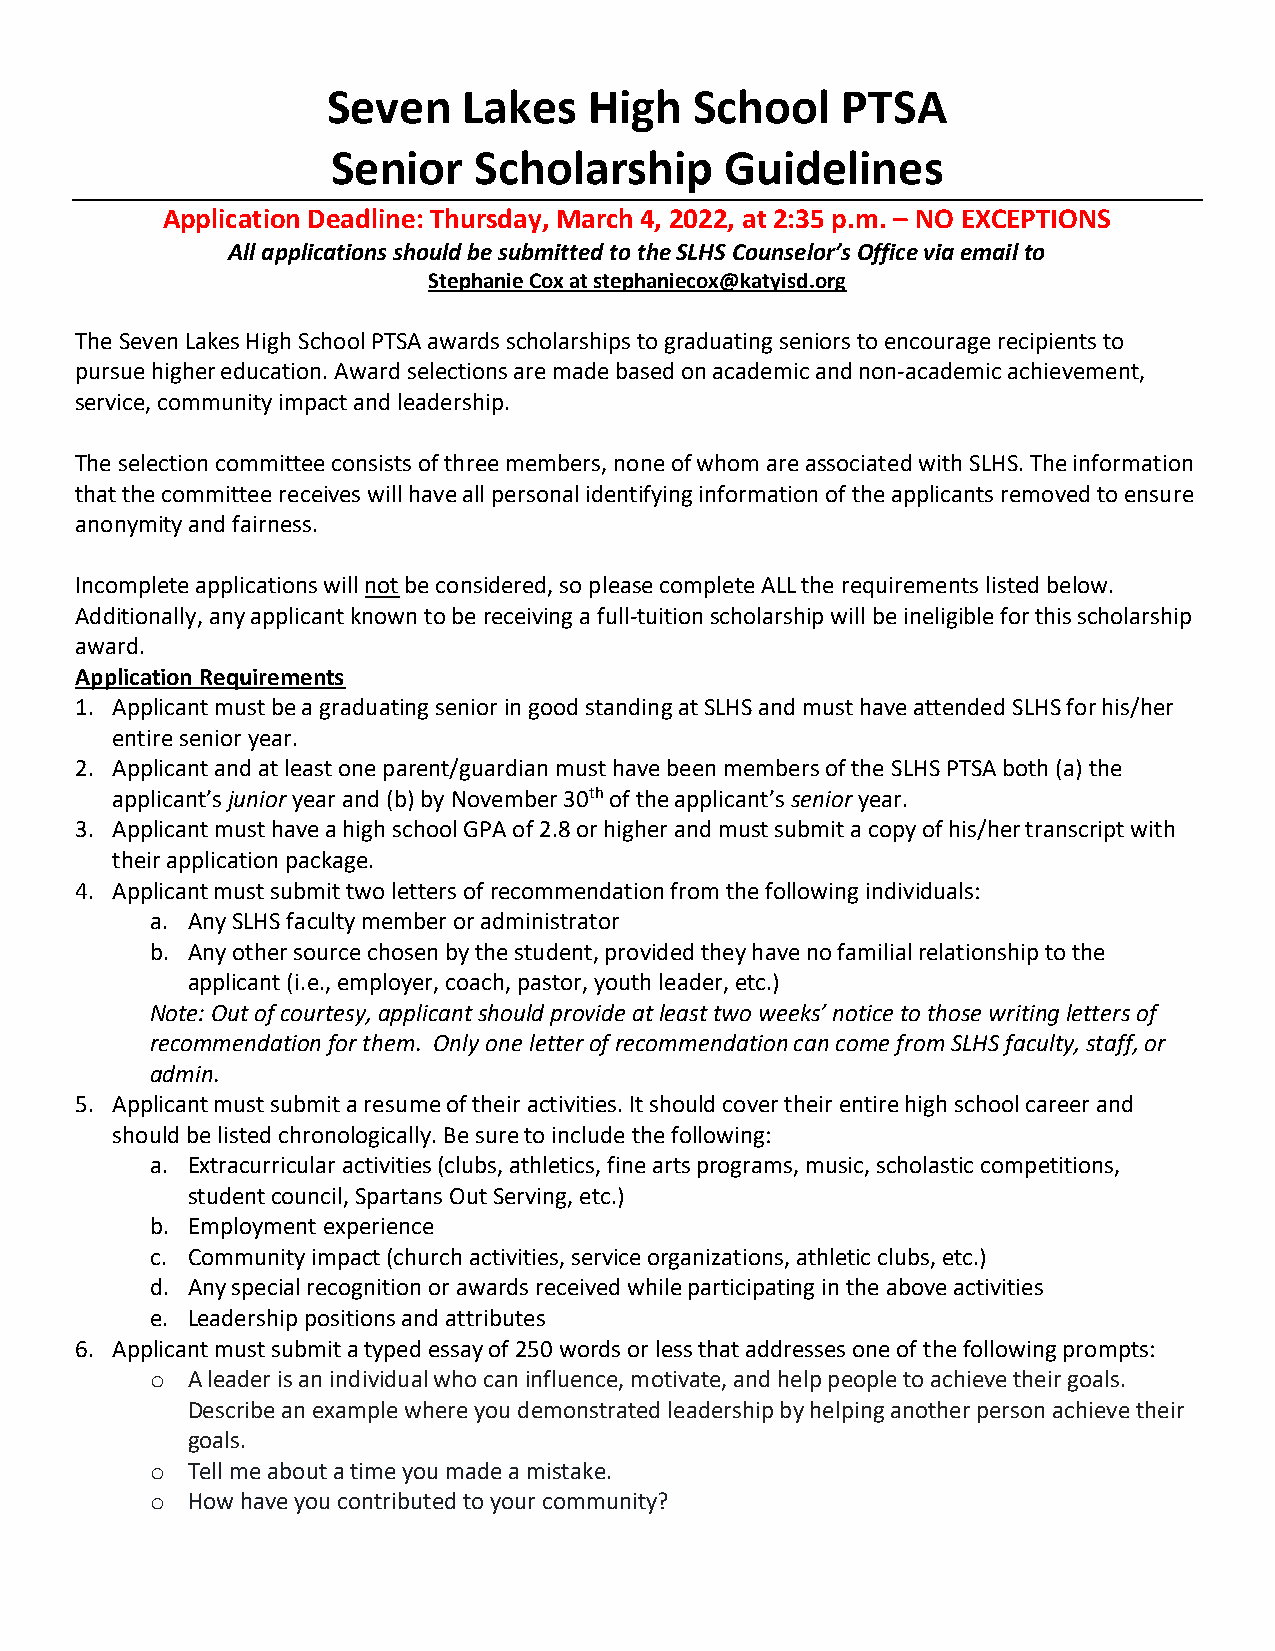
Seven    Lakes   High   School    PTSA
 Senior   Scholarship      Guidelines
 Application Deadline: Thursday, March 4, 2022, at 2:35 p.m. – NO EXCEPTIONS
 All applications should be submitted to the SLHS Counselor’s Office via email to
 Stephanie Cox at stephaniecox@katyisd.org
 The Seven Lakes High School PTSA awards scholarships to graduating seniors to encourage recipients to
 pursue higher education. Award selections are made based on academic and non-academic achievement,
 service, community impact and leadership.
 The selection committee consists of three members, none of whom are associated with SLHS. The information
 that the committee receives will have all personal identifying information of the applicants removed to ensure
 anonymity and fairness.
 Incomplete applications will not be considered, so please complete ALL the requirements listed below.
 Additionally, any applicant known to be receiving a full-tuition scholarship will be ineligible for this scholarship
 award.
 Application Requirements
 1. Applicant must be a graduating senior in good standing at SLHS and must have attended SLHS for his/her
 entire senior year.
 2. Applicant and at least one parent/guardian must have been members of the SLHS PTSA both (a) the
 applicant’s junior year and (b) by November 30th of the applicant’s senior year.
 3. Applicant must have a high school GPA of 2.8 or higher and must submit a copy of his/her transcript with
 their application package.
 4. Applicant must submit two letters of recommendation from the following individuals:
 a. Any SLHS faculty member or administrator
 b. Any other source chosen by the student, provided they have no familial relationship to the
 applicant (i.e., employer, coach, pastor, youth leader, etc.)
 Note: Out of courtesy, applicant should provide at least two weeks’ notice to those writing letters of
 recommendation for them. Only one letter of recommendation can come from SLHS faculty, staff, or
 admin.
 5. Applicant must submit a resume of their activities. It should cover their entire high school career and
 should be listed chronologically. Be sure to include the following:
 a. Extracurricular activities (clubs, athletics, fine arts programs, music, scholastic competitions,
 student council, Spartans Out Serving, etc.)
 b. Employment experience
 c. Community impact (church activities, service organizations, athletic clubs, etc.)
 d. Any special recognition or awards received while participating in the above activities
 e. Leadership positions and attributes
 6. Applicant must submit a typed essay of 250 words or less that addresses one of the following prompts:
 o A leader is an individual who can influence, motivate, and help people to achieve their goals.
 Describe an example where you demonstrated leadership by helping another person achieve their
 goals.
 o Tell me about a time you made a mistake.
 o How have you contributed to your community?